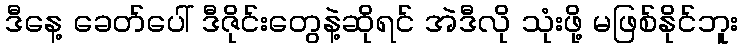
ဒီနေ့ ခေတ်ပေါ် ဒီဇိုင်းတွေနဲ့ဆိုရင် အဲဒီလို သုံးဖို့ မဖြစ်နိုင်ဘူး